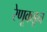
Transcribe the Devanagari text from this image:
रेणूकडून